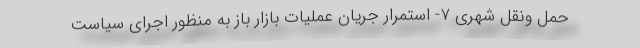
حمل ونقل شهری ۷- استمرار جریان عملیات بازار باز به منظور اجرای سیاست